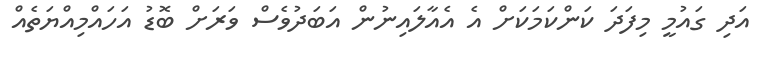
އަދި ގައުމީ މިފަދަ ކަންކަމަކަށް އެ އެެއާލައިނުން އަބަދުވެސް ވަރަށް ބޮޑު އަހައްމިއްޔަތެއް